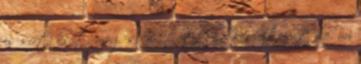
is sírt. Sőt, meg se műtötték. Kérdeztem tőle, mi